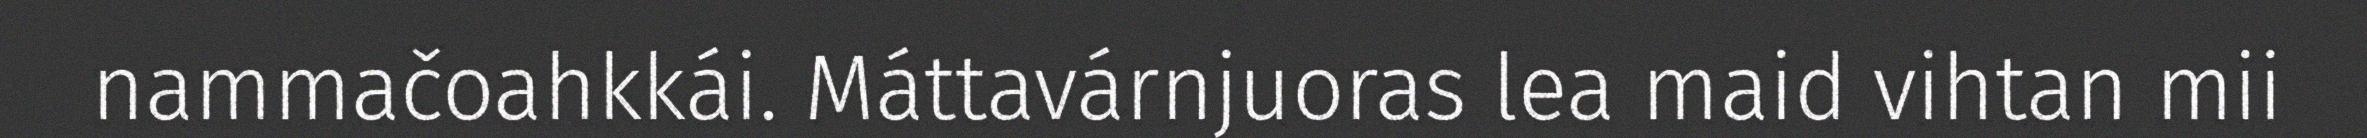
nammačoahkkái. Máttavárnjuoras lea maid vihtan mii